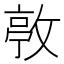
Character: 𢾛